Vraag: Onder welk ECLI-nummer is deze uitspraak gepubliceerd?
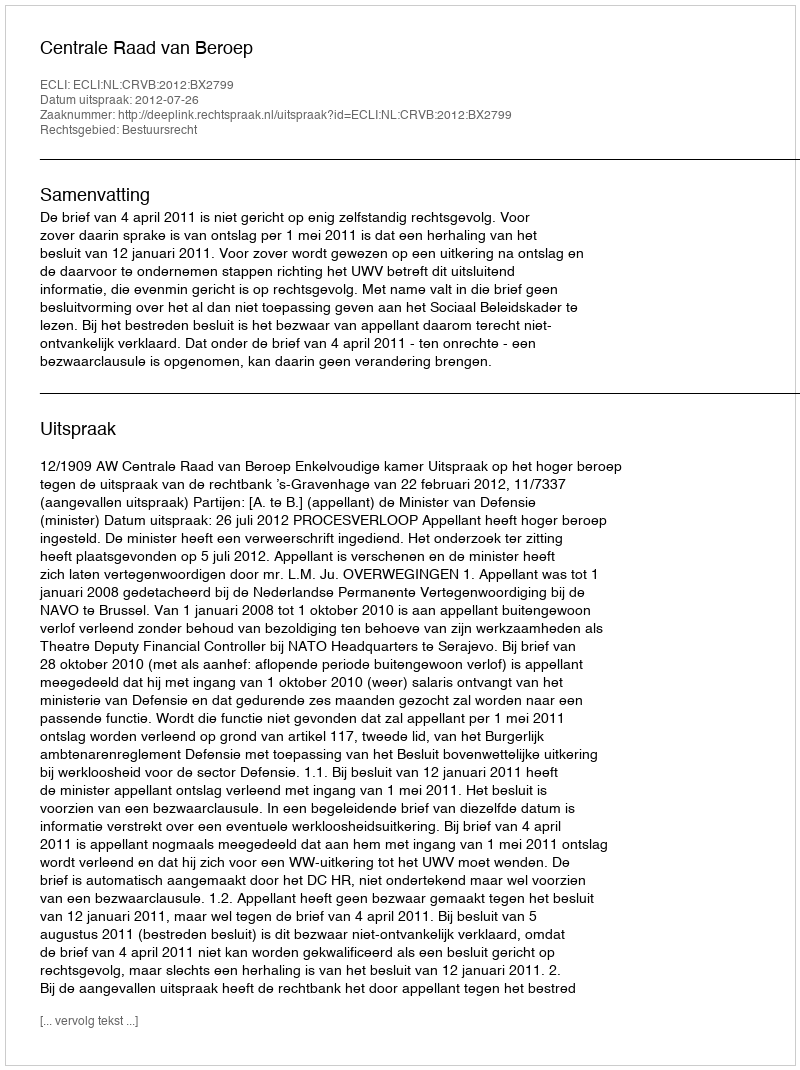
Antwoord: ECLI:NL:CRVB:2012:BX2799